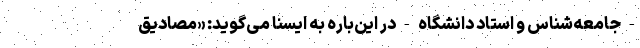
- جامعه‌شناس و استاد دانشگاه - در این‌باره به ایسنا می‌گوید: «مصادیق